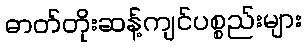
ဓာတ်တိုးဆန့်ကျင်ပစ္စည်းများ